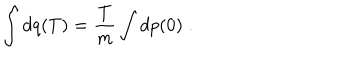
\int d q ( T ) = \frac { T } { m } \int d p ( 0 ) \; .